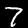
Digit: 7